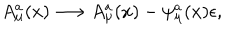
A _ { \mu } ^ { a } ( x ) \longrightarrow A _ { \mu } ^ { a } ( x ) - \psi _ { \mu } ^ { a } ( x ) \epsilon ,